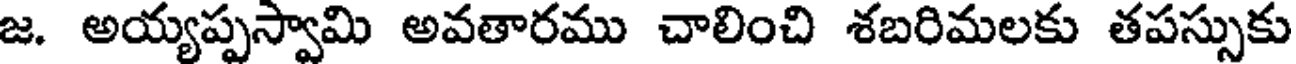
జ. అయ్యప్పస్వామి అవతారము చాలించి శబరిమలకు తపస్సుకు